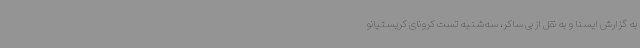
به گزارش ایسنا و به نقل از بی ساکر، سه‌شنبه تست کرونای کریستیانو